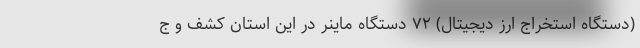
(دستگاه استخراج ارز دیجیتال) ۷۲ دستگاه ماینر در این استان کشف و ج